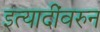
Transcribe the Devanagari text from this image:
इत्यादींवरुन